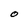
Character: O